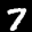
Label: 7